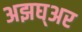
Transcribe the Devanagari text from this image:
अझघ्अर